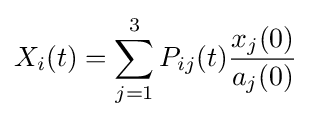
X_{i}(t)=\sum _{j=1}^{3}P_{ij}(t){\frac {x_{j}(0)}{a_{j}(0)}}